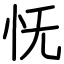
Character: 怃